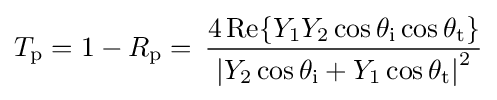
T_{\text{p}}=1-R_{\text{p}}=\,{\frac {4\,{\text{Re}}\{Y_{1}Y_{2}\cos \theta _{\text{i}}\cos \theta _{\text{t}}\}}{\left|Y_{2}\cos \theta _{\text{i}}+Y_{1}\cos \theta _{\text{t}}\right|^{2}}}